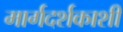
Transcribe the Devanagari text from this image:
मार्गदर्शकाशी